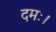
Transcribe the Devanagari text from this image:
दमः।